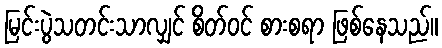
မြင်းပွဲသတင်းသာလျှင် စိတ်ဝင် စားစရာ ဖြစ်နေသည်။